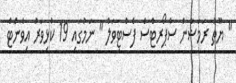
" ޔޫތު ރަމަޟާން ސްޕޯރޓްސް ފެސްޓިވަލް " ނަމުގައި 19 ކުޅިވަރު އިވެންޓް